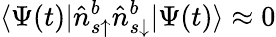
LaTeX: \langle\Psi(t)|\hat{n}_{s\uparrow}^{b}\hat{n}_{s\downarrow}^{b}|\Psi(t)\rangle\approx 0